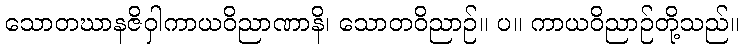
သောတဃာနဇိဝှါကာယဝိညာဏာနိ၊ သောတဝိညာဉ်။ ပ။ ကာယဝိညာဉ်တို့သည်။